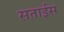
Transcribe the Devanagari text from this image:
सताईस